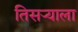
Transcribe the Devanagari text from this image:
तिसर्‍याला